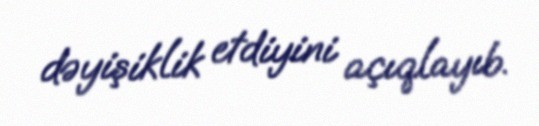
dəyişiklik etdiyini açıqlayıb.